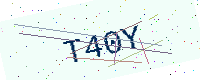
Text: T40Y